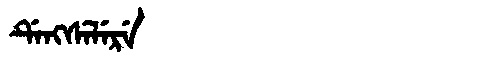
Manchu: ᡩᡝᠩᠰᡝᠯᡝᡵᡝ
Romanization: DENGSELERE